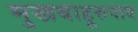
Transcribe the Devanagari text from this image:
मुखबाहूरुपाद